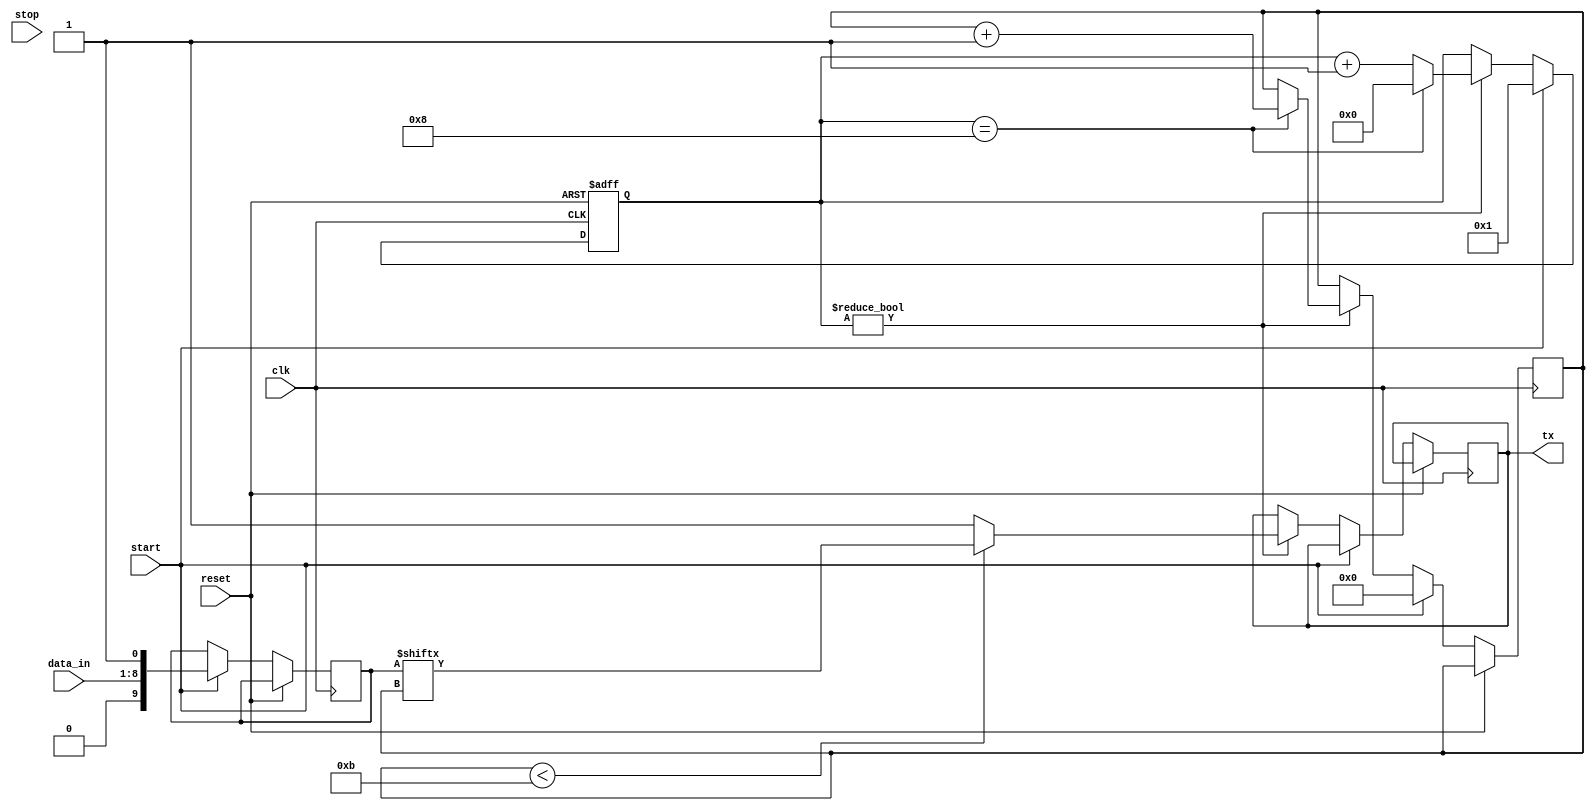
module uart (
  input wire clk,
  input wire reset,
  input wire [7:0] data_in,
  input wire start,
  input wire stop,
  output reg tx
);

  reg [3:0] count;
  reg [9:0] shift_reg;
  reg [10:0] bit_count;

  always @(posedge clk or posedge reset) begin
    if (reset)
      count <= 4'b0;
    else begin
      if (start) begin
        count <= 4'b0001;
        shift_reg <= {1'b0, data_in, 1'b1};
        bit_count <= 11'b0;
      end
      else if (count != 4'b0) begin
        if (bit_count < 11)
          tx <= shift_reg[bit_count];
        else
          tx <= 1'b1;

        if (count == 4'b1000)
          count <= 4'b0;
        else
          count <= count + 1;

        if (count == 4'b1000)
          bit_count <= bit_count + 1;
      end
    end
  end

endmodule